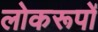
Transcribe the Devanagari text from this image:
लोकरूपों